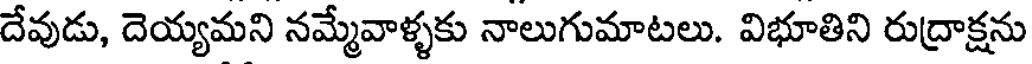
దేవుడు, దెయ్యమని నమ్మేవాళ్ళకు నాలుగుమాటలు. విభూతిని రుద్రాక్షను